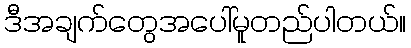
ဒီအချက်တွေအပေါ်မူတည်ပါတယ်။